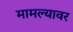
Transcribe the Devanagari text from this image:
मामल्यावर